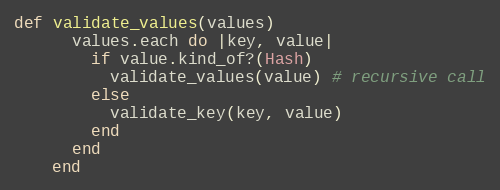
Language: Ruby
def validate_values(values)
      values.each do |key, value|
        if value.kind_of?(Hash)
          validate_values(value) # recursive call
        else
          validate_key(key, value)
        end
      end
    end